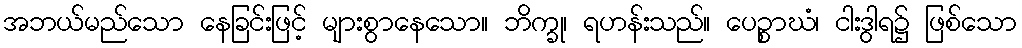
အဘယ်မည်သော နေခြင်းဖြင့် များစွာနေသော။ ဘိက္ခု၊ ရဟန်းသည်။ ပေဉ္စာဃံ၊ ငါးဒွါရ၌ ဖြစ်သော